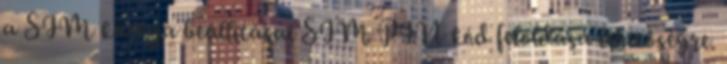
a SIM kártya beállításai SIM PIN kód feloldása lehetőségre.